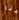
هنا